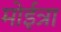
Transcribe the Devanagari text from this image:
मोईत्रा